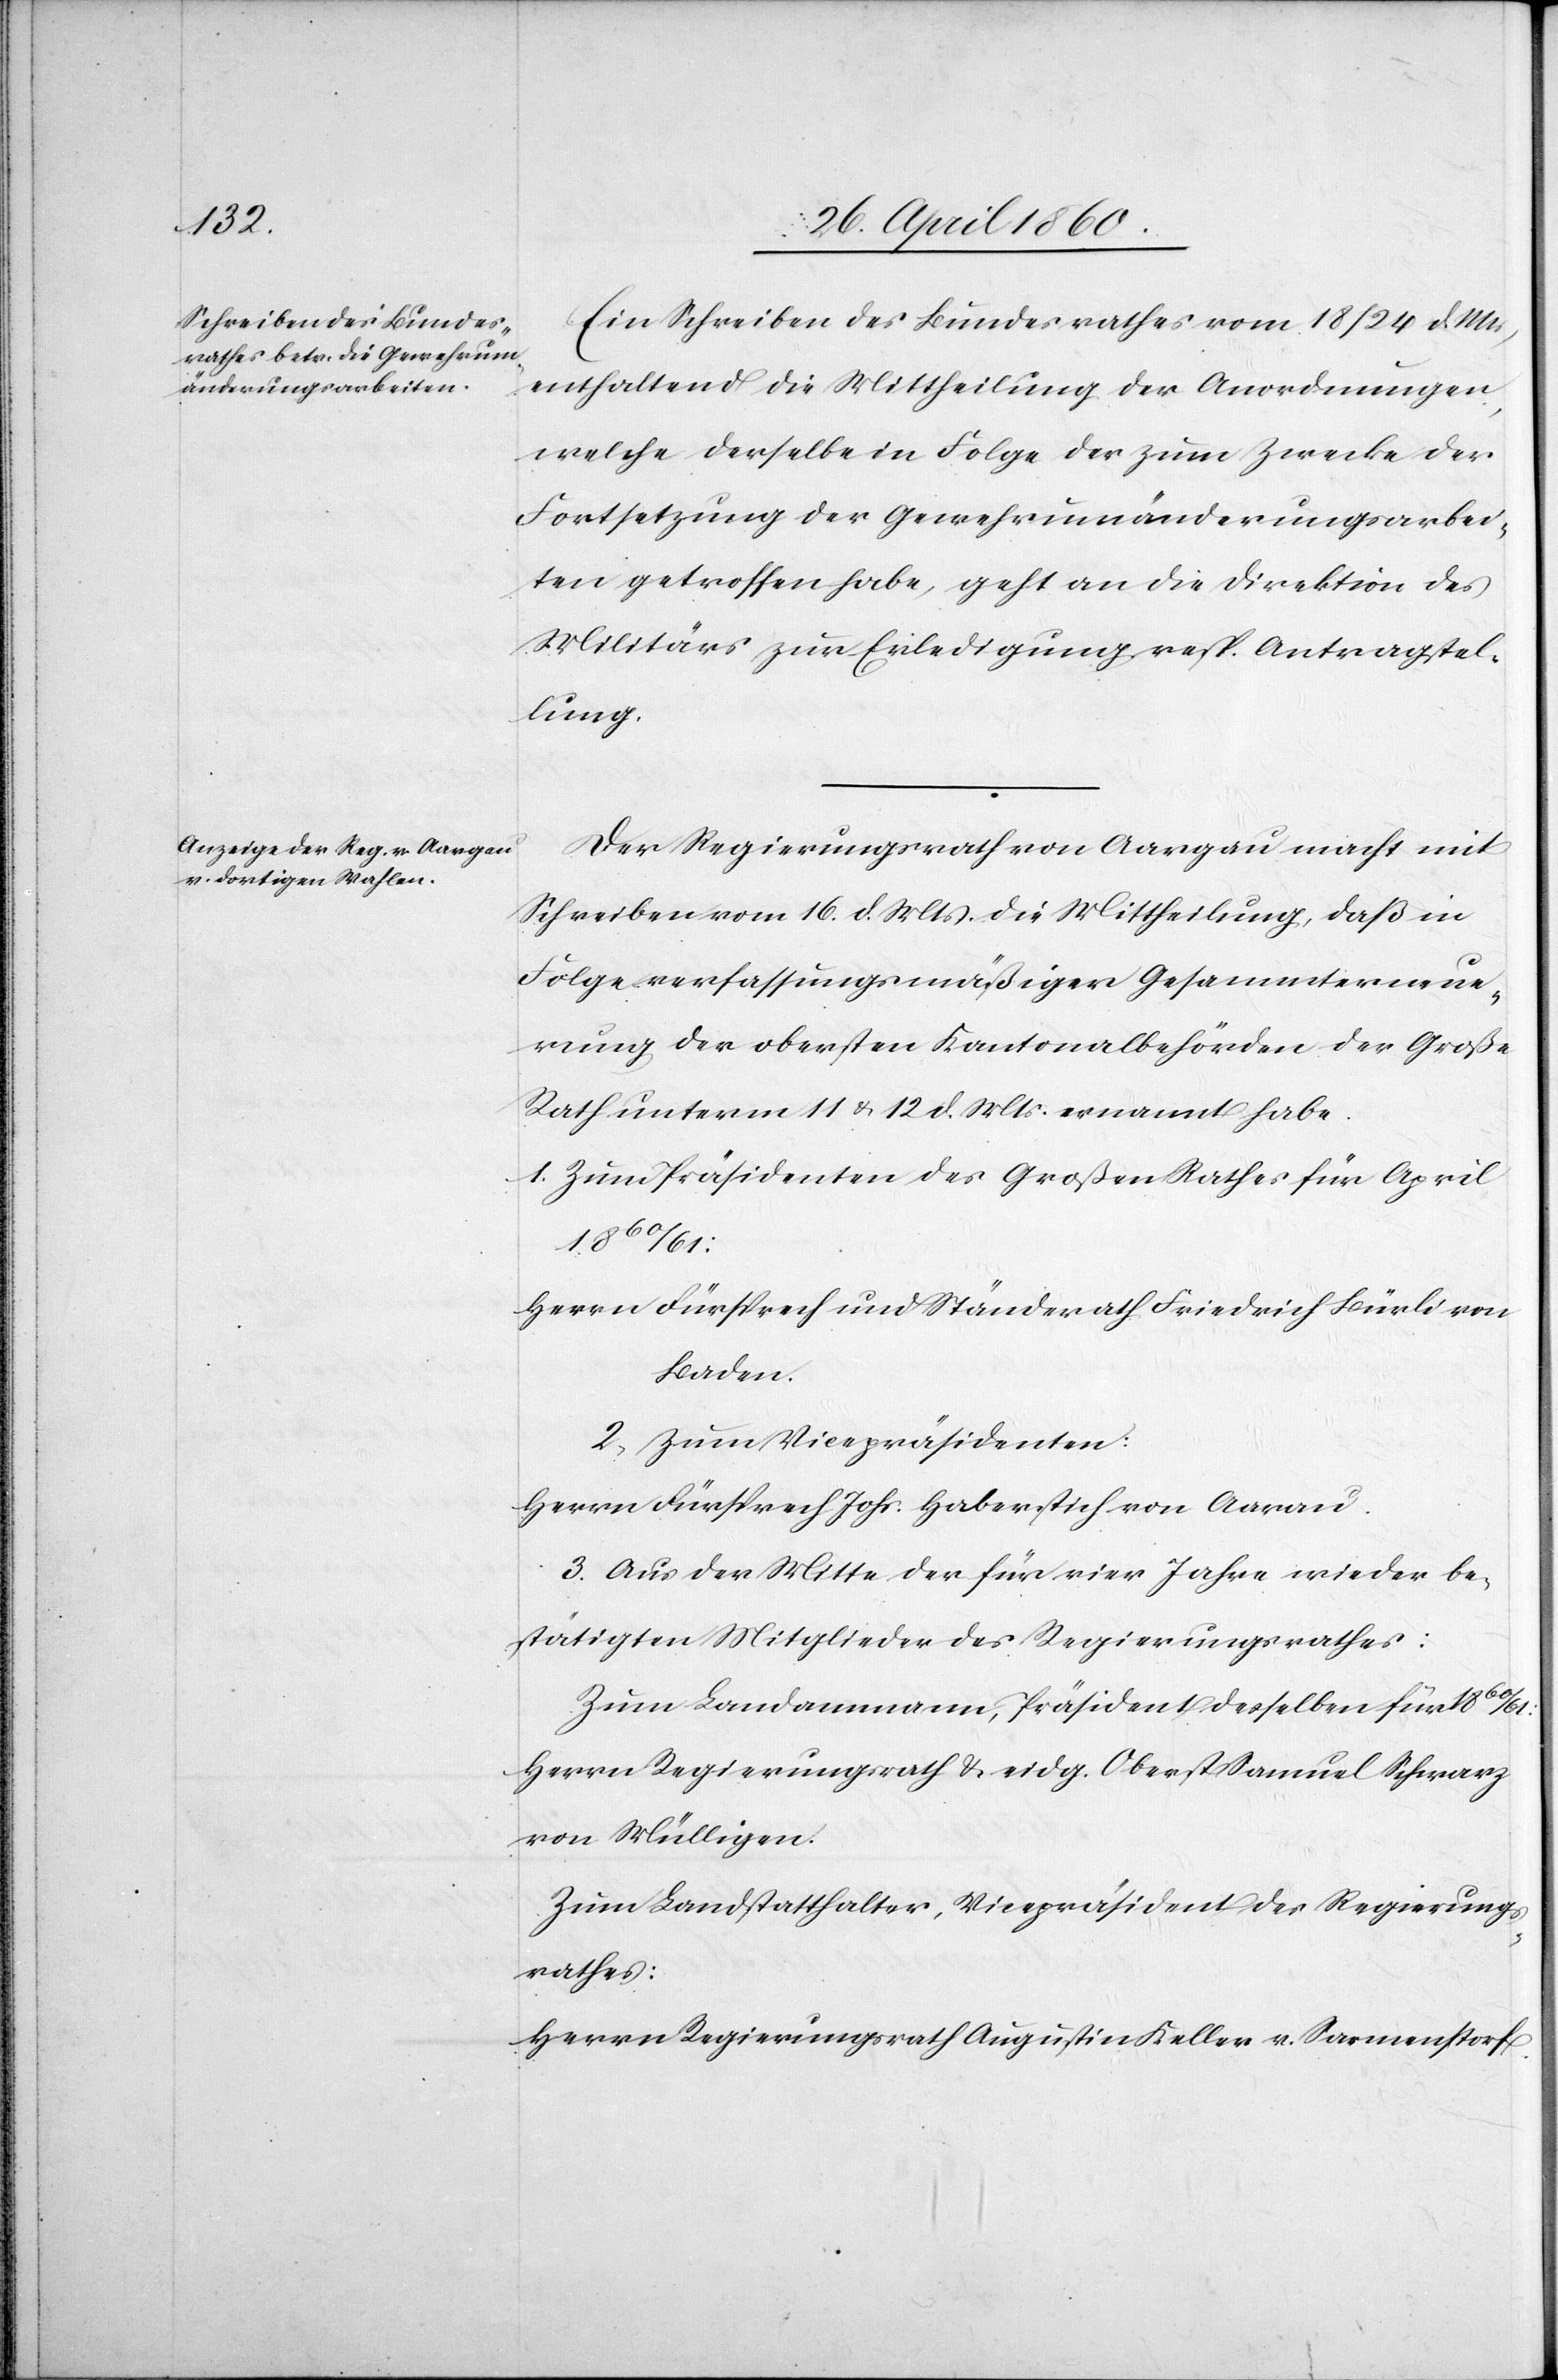
Ein Schreiben des Bundesrathes vom 18/24. d. Ms.
enthaltend die Mittheilung der Anordnungen,
welche derselbe in Folge der zum Zwecke der
Fortsetzung der Gewehrumänderungsarbei¬
ten getroffen habe, geht an die Direktion des
Militärs zur Erledigung resp. Antragstel¬
lung.
Der Regierungsrath von Aargau macht mit
Schreiben vom 16. d. Mts. die Mittheilung, daß in
Folge verfassungsmäßiger Gesammterneue¬
rung der obersten Kantonalbehörde der Große
Rath unterm 11 u. 12. d. Mts. ernannt habe.
1. Zum Präsidenten des Großen Rathes für April
Herrn Fürsprech und Ständerath Friedrich Bürli von
Baden.
2. zum Vicepräsidenten:
Herrn Fürsprech Johs. Haberstich von Aarau.
3. Aus der Mitte der für vier Jahre wieder be¬
stätigten Mitglieder des Regierungsrathes:
Zum Landammann, Präsident desselben für 1860/61:
Herrn Regierungsrath u. eidg. Oberst Samuel Schwarz
von Mülligen.
Zum Landstatthalter, Vicepräsident des Regierungs¬
rathes:
Herrn Regierungsrath Augustin Keller v. Sarmenstorf.